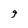
Character: 9